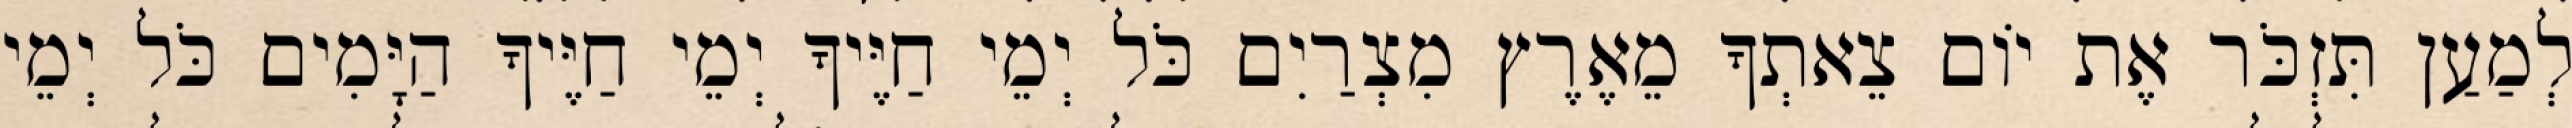
לְמַעַן תִּזְכֹּר אֶת יוֹם צֵאתְךָ מֵאֶרֶץ מִצְרַיִם כֹּל יְמֵי חַיֶּיךָ יְמֵי חַיֶּיךָ הַיָּמִים כֹּל יְמֵי